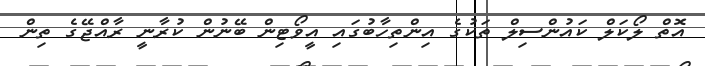
އޮތް ލޯކަލް ކައުންސިލް ތަކުގެ އިންތިހާބުގައި އީވޯޓިން ބޭނުން ކުރާނީ ރާއްޖޭގެ ތިން